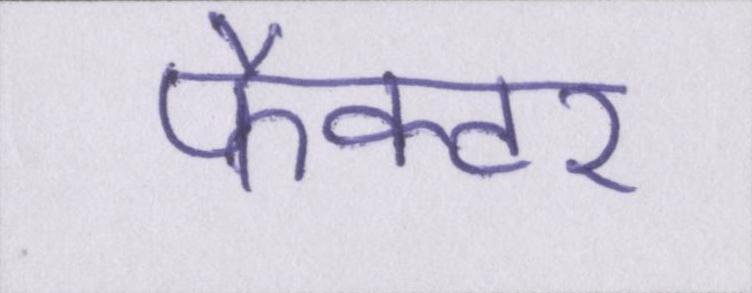
फैक्टर